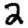
Digit: 2